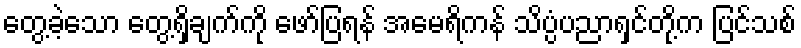
တွေ့ခဲ့သော တွေ့ရှိချက်ကို ဖော်ပြရန် အမေရိကန် သိပ္ပံပညာရှင်တို့က ပြင်သစ်